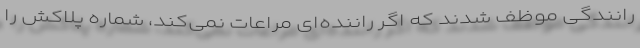
رانندگی موظف شدند که اگر راننده‌ای مراعات نمی‌کند، شماره‌ پلاکش را